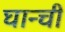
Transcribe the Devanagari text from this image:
घान्ची